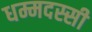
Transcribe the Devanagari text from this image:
धम्मदस्सी